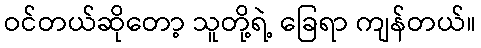
ဝင်တယ်ဆိုတော့ သူတို့ရဲ့ ခြေရာ ကျန်တယ်။